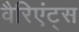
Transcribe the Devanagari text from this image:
वैरिएंट्स